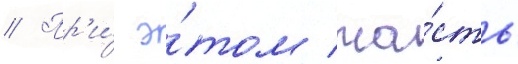
// Пр'и́ э́том ча́сть